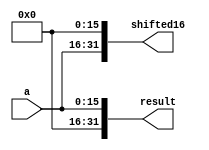
module zero_extend (result, shifted16, a);
    input [15:0] a;
    output [31:0] result, shifted16;
    assign result[31:16] = 16'b0000000000000000;
    assign result[15:0] = a;

    assign shifted16[31:16] = a;
    assign shifted16[15:0] = 16'b0000000000000000;
endmodule